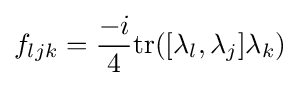
f_{ljk}={\frac {-i}{4}}\mathrm {tr} ([\lambda _{l},\lambda _{j}]\lambda _{k})